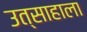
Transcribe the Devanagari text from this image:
उत्साहाला